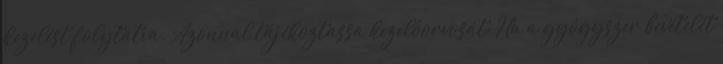
kezelést folytatva. Azonnal tájékoztassa kezelőorvosát: Ha a gyógyszer bevételét